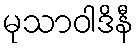
မုသာဝါဒိနီ